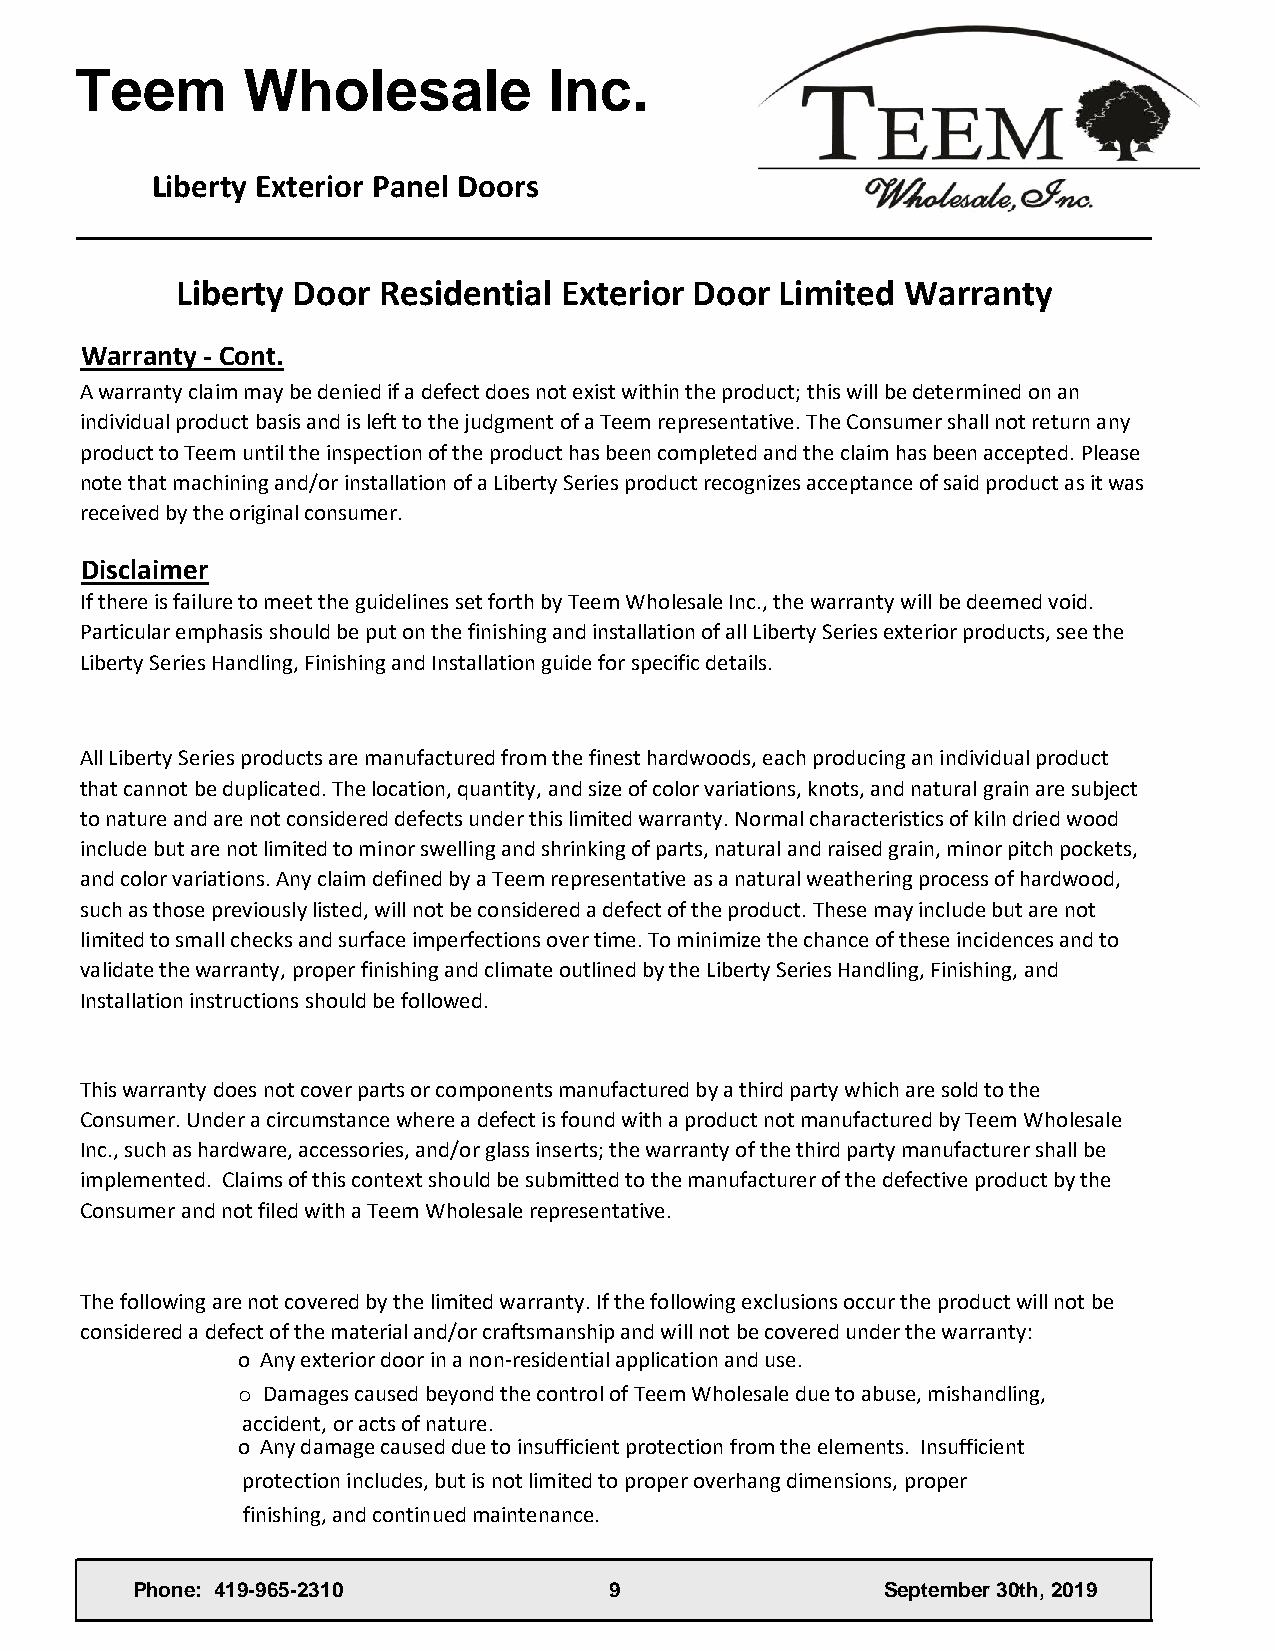
Teem       Wholesale           Inc.
 Liberty Exterior Panel Doors
 Liberty Door Residential Exterior Door  Limited Warranty
 Warranty - Cont.
 A warranty claim may be denied if a defect does not exist within the product; this will be determined on an
 individual product basis and is left to the judgment of a Teem representative. The Consumer shall not return any
 product to Teem until the inspection of the product has been completed and the claim has been accepted. Please
 note that machining and/or installation of a Liberty Series product recognizes acceptance of said product as it was
 received by the original consumer.
 Disclaimer
 If there is failure to meet the guidelines set forth by Teem Wholesale Inc., the warranty will be deemed void.
 Particular emphasis should be put on the finishing and installation of all Liberty Series exterior products, see the
 Liberty Series Handling, Finishing and Installation guide for specific details.
 All Liberty Series products are manufactured from the finest hardwoods, each producing an individual product
 that cannot be duplicated. The location, quantity, and size of color variations, knots, and natural grain are subject
 to nature and are not considered defects under this limited warranty. Normal characteristics of kiln dried wood
 include but are not limited to minor swelling and shrinking of parts, natural and raised grain, minor pitch pockets,
 and color variations. Any claim defined by a Teem representative as a natural weathering process of hardwood,
 such as those previously listed, will not be considered a defect of the product. These may include but are not
 limited to small checks and surface imperfections over time. To minimize the chance of these incidences and to
 validate the warranty, proper finishing and climate outlined by the Liberty Series Handling, Finishing, and
 Installation instructions should be followed.
 This warranty does not cover parts or components manufactured by a third party which are sold to the
 Consumer. Under a circumstance where a defect is found with a product not manufactured by Teem Wholesale
 Inc., such as hardware, accessories, and/or glass inserts; the warranty of the third party manufacturer shall be
 implemented. Claims of this context should be submitted to the manufacturer of the defective product by the
 Consumer and not filed with a Teem Wholesale representative.
 The following are not covered by the limited warranty. If the following exclusions occur the product will not be
 considered a defect of the material and/or craftsmanship and will not be covered under the warranty:
 o Any exterior door in a non-residential application and use.
 o Damages caused beyond the control of Teem Wholesale due to abuse, mishandling,
 accident, or acts of nature.
 o Any damage caused due to insufficient protection from the elements. Insufficient
 protection includes, but is not limited to proper overhang dimensions, proper
 finishing, and continued maintenance.
 Phone: 419-965-2310            9                  September 30th, 2019